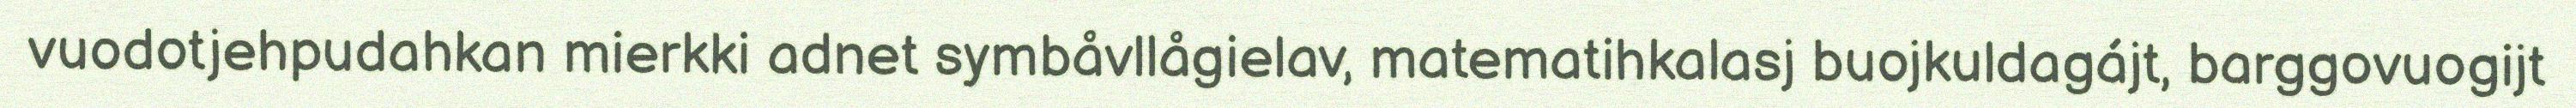
vuodotjehpudahkan mierkki adnet symbåvllågielav, matematihkalasj buojkuldagájt, barggovuogijt